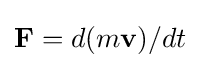
\mathbf {F} =d(m\mathbf {v} )/dt